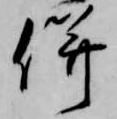
併